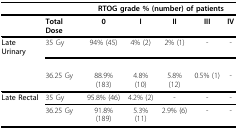
<table><thead><tr><td></td><td></td><td colspan="5"><b>RTOG grade % (number) of patients</b></td></tr></thead><tbody><tr><td></td><td><b>Total Dose</b></td><td><b>0</b></td><td><b>I</b></td><td><b>II</b></td><td><b>III</b></td><td><b>IV</b></td></tr><tr><td><b>Late Urinary</b></td><td>35 Gy</td><td>94% (45)</td><td>4% (2)</td><td>2% (1)</td><td>-</td><td>-</td></tr><tr><td></td><td>36.25 Gy</td><td>88.9% (183)</td><td>4.8% (10)</td><td>5.8% (12)</td><td>0.5% (1)</td><td>-</td></tr><tr><td><b>Late Rectal</b></td><td>35 Gy</td><td>95.8% (46)</td><td>4.2% (2)</td><td>-</td><td>-</td><td>-</td></tr><tr><td></td><td>36.25 Gy</td><td>91.8% (189)</td><td>5.3% (11)</td><td>2.9% (6)</td><td>-</td><td>-</td></tr></tbody></table>